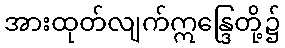
အားထုတ်လျက်ဣန္ဒြေတို့၌